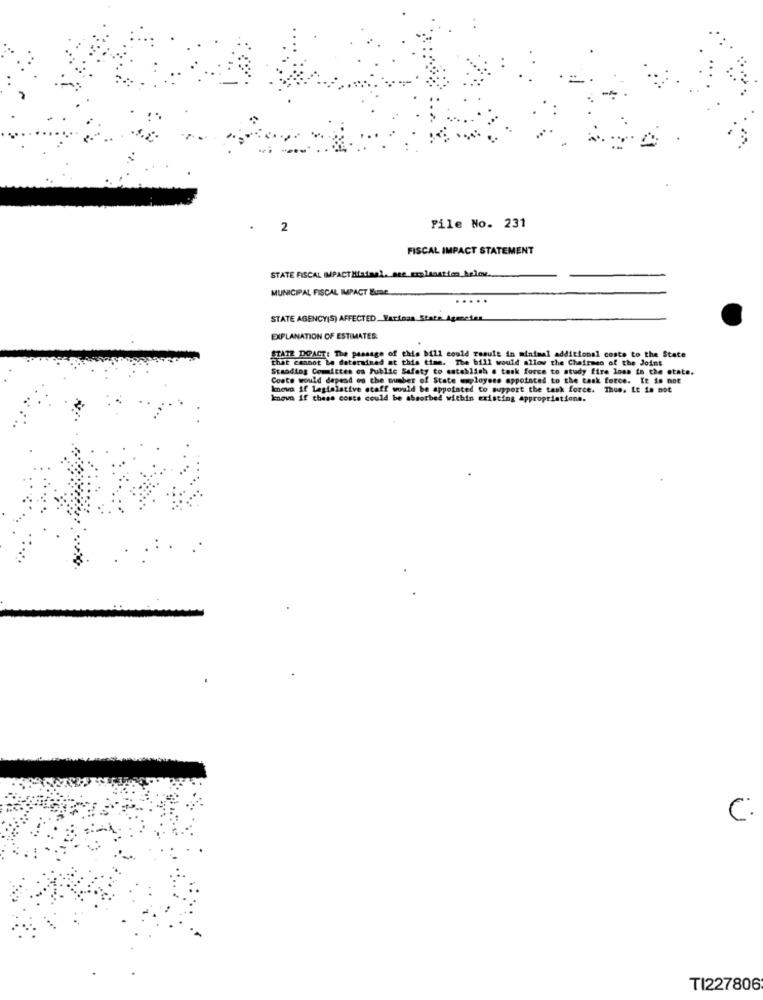
2
Pile No. 231
FISCAL IMPACT STATEMENT
STATE FISCAL IMPACT Miaimal. ace_explanation_kelove.
MUNICIPAL FISCAL IMPACT Bune.
.....
STATE AGENCY(S) AFFECTED_Various State Agencies
EXPLANATION OF ESTIMATES:
STATE DOACT: The passage of chde
that cannot be determined at this time. The bill would allow the Chairmen of the Joint
of this bill could result in minimal additional costs to the State
Standing Committee on Public Safety to establish a task force to study fire loss in the state.
Costs would depend on the number of State employees appointed to the task force. It is not
knowa if legislative staff would be appointed to support the task force. Thue. It is not
Imova if these conte could be absorbed within existing appropriations.
C:
TI227806